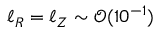
\ell _ { R } = \ell _ { Z } \sim \mathcal { O } ( 1 0 ^ { - 1 } )